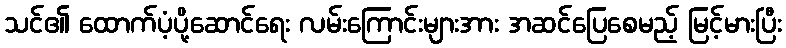
သင်၏ ထောက်ပံ့ပို့ဆောင်ရေး လမ်းကြောင်းများအား အဆင်ပြေစေမည့် မြင့်မားပြီး